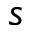
s